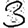
Digit: 3